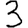
Digit: 3